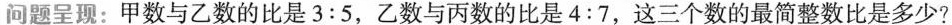
问题呈现：甲数与乙数的比是3:5，乙数与丙数的比是4:7，这三个数的最简整数比是多少?